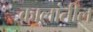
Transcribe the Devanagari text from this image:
कालांतील